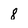
Character: 8